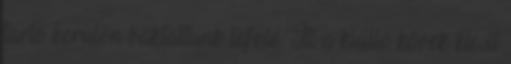
tartó kerülőn baktattunk lefelé. Itt a kiálló kövek kicsit